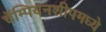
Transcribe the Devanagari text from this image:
चॅम्पियनशीपमध्ये